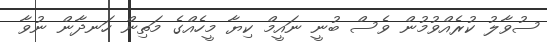
ސުވާލު ކުރެއްވުމުން ވެސް ބުނީ ނައީމް ކިޔާ މީހެއްގެ މަތިން ހަނދާން ނުވާ